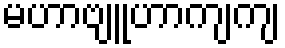
မဟာဗျူဟာကျကျ